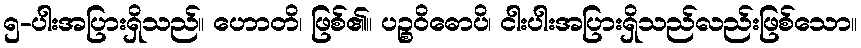
၅-ပါးအပြားရှိသည်။ ဟောတိ၊ ဖြစ်၏။ ပဉ္စဝိဓောပိ၊ ငါးပါးအပြားရှိသည်လည်းဖြစ်သော။